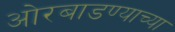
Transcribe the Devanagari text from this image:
ओरबाडण्याच्या